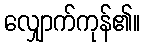
လျှောက်ကုန်၏။